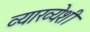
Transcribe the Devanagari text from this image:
व्याख्येशी